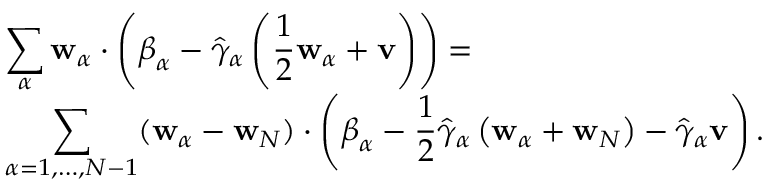
\begin{array} { r l } & { \displaystyle \sum _ { \alpha } \mathbf { w } _ { \alpha } \cdot \left( \boldsymbol { \beta } _ { \alpha } - \hat { \gamma } _ { \alpha } \left( \frac { 1 } { 2 } \mathbf { w } _ { \alpha } + \mathbf { v } \right) \right) = } \\ & { \displaystyle \sum _ { \alpha = 1 , \dots , N - 1 } ( \mathbf { w } _ { \alpha } - \mathbf { w } _ { N } ) \cdot \left( \boldsymbol { \beta } _ { \alpha } - \frac { 1 } { 2 } \hat { \gamma } _ { \alpha } \left( \mathbf { w } _ { \alpha } + \mathbf { w } _ { N } \right) - \hat { \gamma } _ { \alpha } \mathbf { v } \right) . } \end{array}